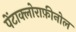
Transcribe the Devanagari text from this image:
पेंटाक्लोराफ़ीनोल